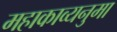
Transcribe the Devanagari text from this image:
महाकाव्यनुमा